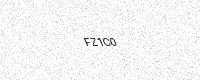
Text: FZ1C0